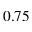
0 . 7 5